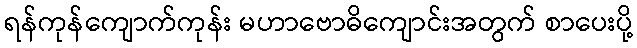
ရန်ကုန်ကျောက်ကုန်း မဟာဗောဓိကျောင်းအတွက် စာပေးပို့